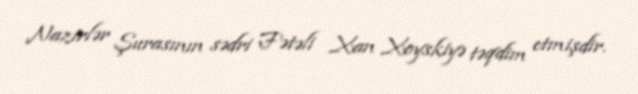
Nazirlər Şurasının sədri Fətəli Xan Xoyskiyə təqdim etmişdir.